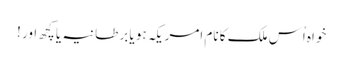
خواہ اُس ملک کا نام امریکہ ہو یا برطانیہ یا کچھ اور !